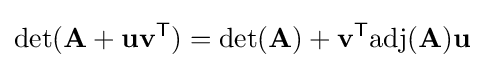
\det(\mathbf {A} +\mathbf {uv} ^{\textsf {T}})=\det(\mathbf {A} )+\mathbf {v} ^{\textsf {T}}\mathrm {adj} (\mathbf {A} )\mathbf {u}